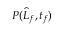
P ( \widehat { L } _ { f } , t _ { f } )